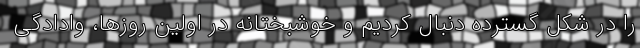
را در شکل گسترده دنبال کردیم و خوشبختانه در اولین روزها، وادادگی